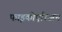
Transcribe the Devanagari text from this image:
फाइकोएरिअन